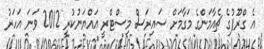
އެ ގްރޫޕުގެ ޗެއާމަންގެ މަގާމަށް ސައިރަސް މިސްޓްރީ އައްޔަނުކުރީ 2012 ވަނަ އަހަރު